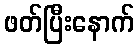
ဖတ်ပြီးနောက်